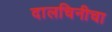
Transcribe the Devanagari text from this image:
दालचिनीचा